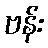
ဗန်း